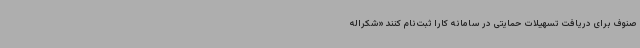
صنوف برای دریافت تسهیلات حمایتی در سامانه کارا ثبت‌نام کنند «شکراله